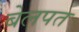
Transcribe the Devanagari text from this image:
बेलपत